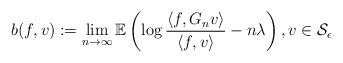
\begin{align*}b(f, v) : = \lim_{n \to \infty}\mathbb{E} \left( \log \frac{\langle f, G_n v \rangle}{\langle f, v \rangle} - n \lambda \right), v \in \mathcal{S}_{\epsilon}\end{align*}